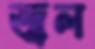
জ্বল